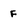
Character: f